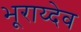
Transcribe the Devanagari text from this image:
भूराय्देव